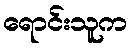
ရောင်းသူက